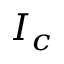
I _ { c }